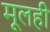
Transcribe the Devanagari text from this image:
मूलही